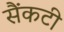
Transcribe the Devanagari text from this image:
सैंकटी